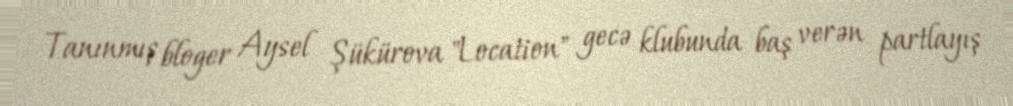
Tanınmış bloger Aysel Şükürova "Location" gecə klubunda baş verən partlayış